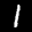
Label: 1